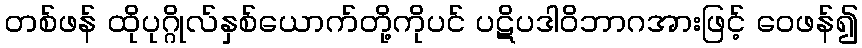
တစ်ဖန် ထိုပုဂ္ဂိုလ်နှစ်ယောက်တို့ကိုပင် ပဋိပဒါဝိဘာဂအားဖြင့် ဝေဖန်၍